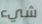
شيء